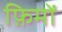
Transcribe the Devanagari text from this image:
फ़िमों